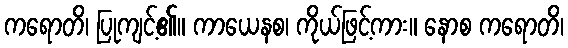
ကရောတိ၊ ပြုကျင့်၏။ ကာယေနစ၊ ကိုယ်ဖြင့်ကား။ နောစ ကရောတိ၊